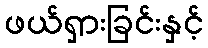
ဖယ်ရှားခြင်းနှင့်